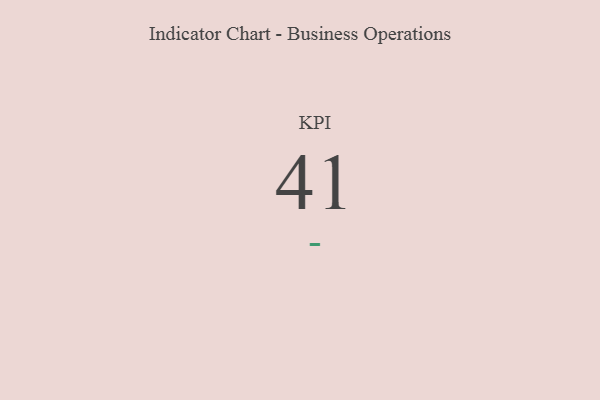
{"axis": {"x": "KPI", "y": "Value"}, "legend": [""], "data": [{"x": "KPI", "y": 41, "type": ""}]}